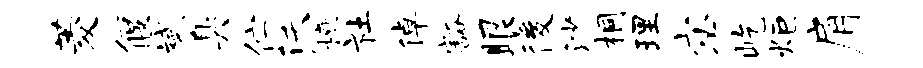
菱偃斌臭伫沃榱社倬豁眼後沙桐理宓屹炬肩